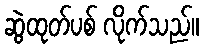
ဆွဲထုတ်ပစ် လိုက်သည်။